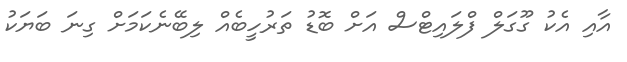
އާއި އެކު ގޫގަލް ފްލައިޓްސް އަށް ބޮޑު ތަރުހީބެއް ލިބޭނެކަމަށް ގިނަ ބަޔަކު